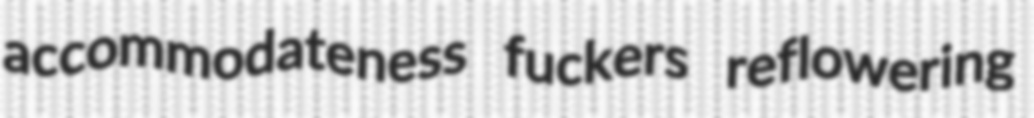
accommodateness fuckers reflowering